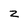
Character: z